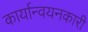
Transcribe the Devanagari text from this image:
कार्यान्‍वयनकारी